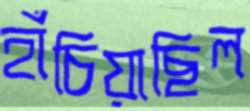
হাঁচিয়াছিল